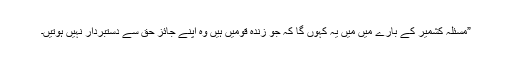
”مسئلہ کشمیر کے بارے میں میں یہ کہوں گا کہ جو زندہ قومیں ہیں وہ اپنے جائز حق سے دستبردار نہیں ہوتیں۔